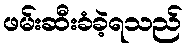
ဖမ်းဆီးခံခဲ့ရသည်